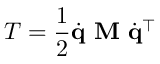
T = { \frac { 1 } { 2 } } { \dot { \mathbf { q } } } \ \mathbf { M } \ { \dot { \mathbf { q } } } ^ { \intercal }